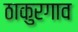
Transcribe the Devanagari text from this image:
ठाकुरगाव